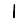
Digit: 1